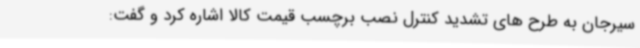
سیرجان به طرح های تشدید کنترل نصب برچسب قیمت کالا اشاره کرد و گفت: